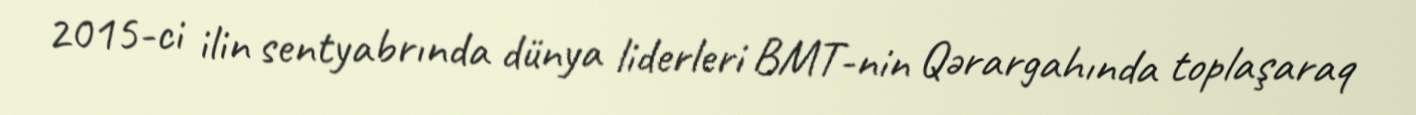
2015-ci ilin sentyabrında dünya liderleri BMT-nin Qərargahında toplaşaraq